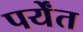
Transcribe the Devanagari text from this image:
पर्येंत